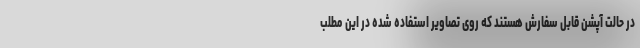
در حالت آپشن قابل سفارش هستند که روی تصاویر استفاده شده در این مطلب